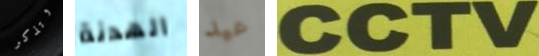
وتذكر الهدنة عيد CCTV